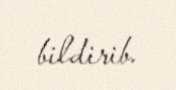
bildirib.